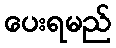
ပေးရမည်